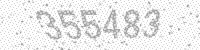
Solution: 355483